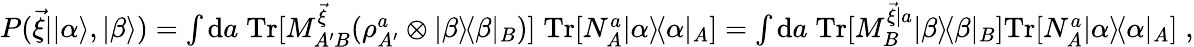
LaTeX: \begin{array}{r}{P(\vec{\xi}||\alpha\rangle,|\beta\rangle)=\int\mathrm{d}a\; \mathrm{Tr}[M_{A^{\prime}B}^{\vec{\xi}}(\rho_{A^{\prime}}^{a}\otimes|\beta\rangle\! \langle\beta|_{B})]\; \mathrm{Tr}[N_{A}^{a}|\alpha\rangle\! \langle\alpha|_{A}]=\int\mathrm{d}a\; \mathrm{Tr}[M_{B}^{\vec{\xi}|a}|\beta\rangle\! \langle\beta|_{B}]\mathrm{Tr}[N_{A}^{a}|\alpha\rangle\! \langle\alpha|_{A}]\; ,}\end{array}